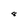
Character: 8